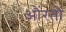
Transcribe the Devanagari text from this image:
औंरतों